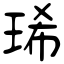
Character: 琋